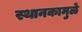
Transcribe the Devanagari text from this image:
स्थानकामुळे